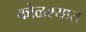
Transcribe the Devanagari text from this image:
कोळश्यात